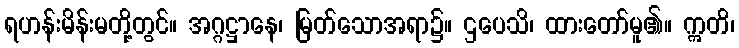
ရဟန်းမိန်းမတို့တွင်။ အဂ္ဂဋ္ဌာနေ၊ မြတ်သောအရာ၌။ ဌပေသိ၊ ထားတော်မူ၏။ ဣတိ၊